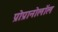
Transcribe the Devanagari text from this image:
प्रोप्रानोलॉल